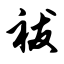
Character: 祓